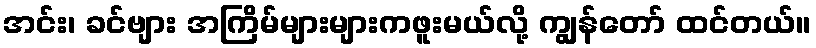
အင်း၊ ခင်ဗျား အကြိမ်များများကဖူးမယ်လို့ ကျွန်တော် ထင်တယ်။